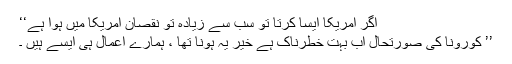
اگر امریکا ایسا کرتا تو سب سے زیادہ تو نقصان امریکا میں ہوا ہے‘‘
’’ کورونا کی صورتحال اب بہت خطرناک ہے خیر یہ ہونا تھا ، ہمارے اعمال ہی ایسے ہیں ۔